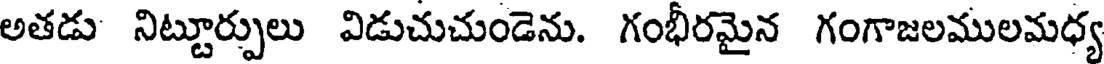
అతడు నిట్టూర్పులు విడుచుచుండెను. గంభీరమైన గంగాజలములమధ్య